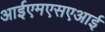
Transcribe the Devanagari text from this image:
आईएमएसएआई